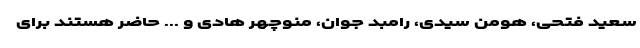
سعید فتحی، هومن سیدی، رامبد جوان، منوچهر هادی و ... حاضر هستند برای